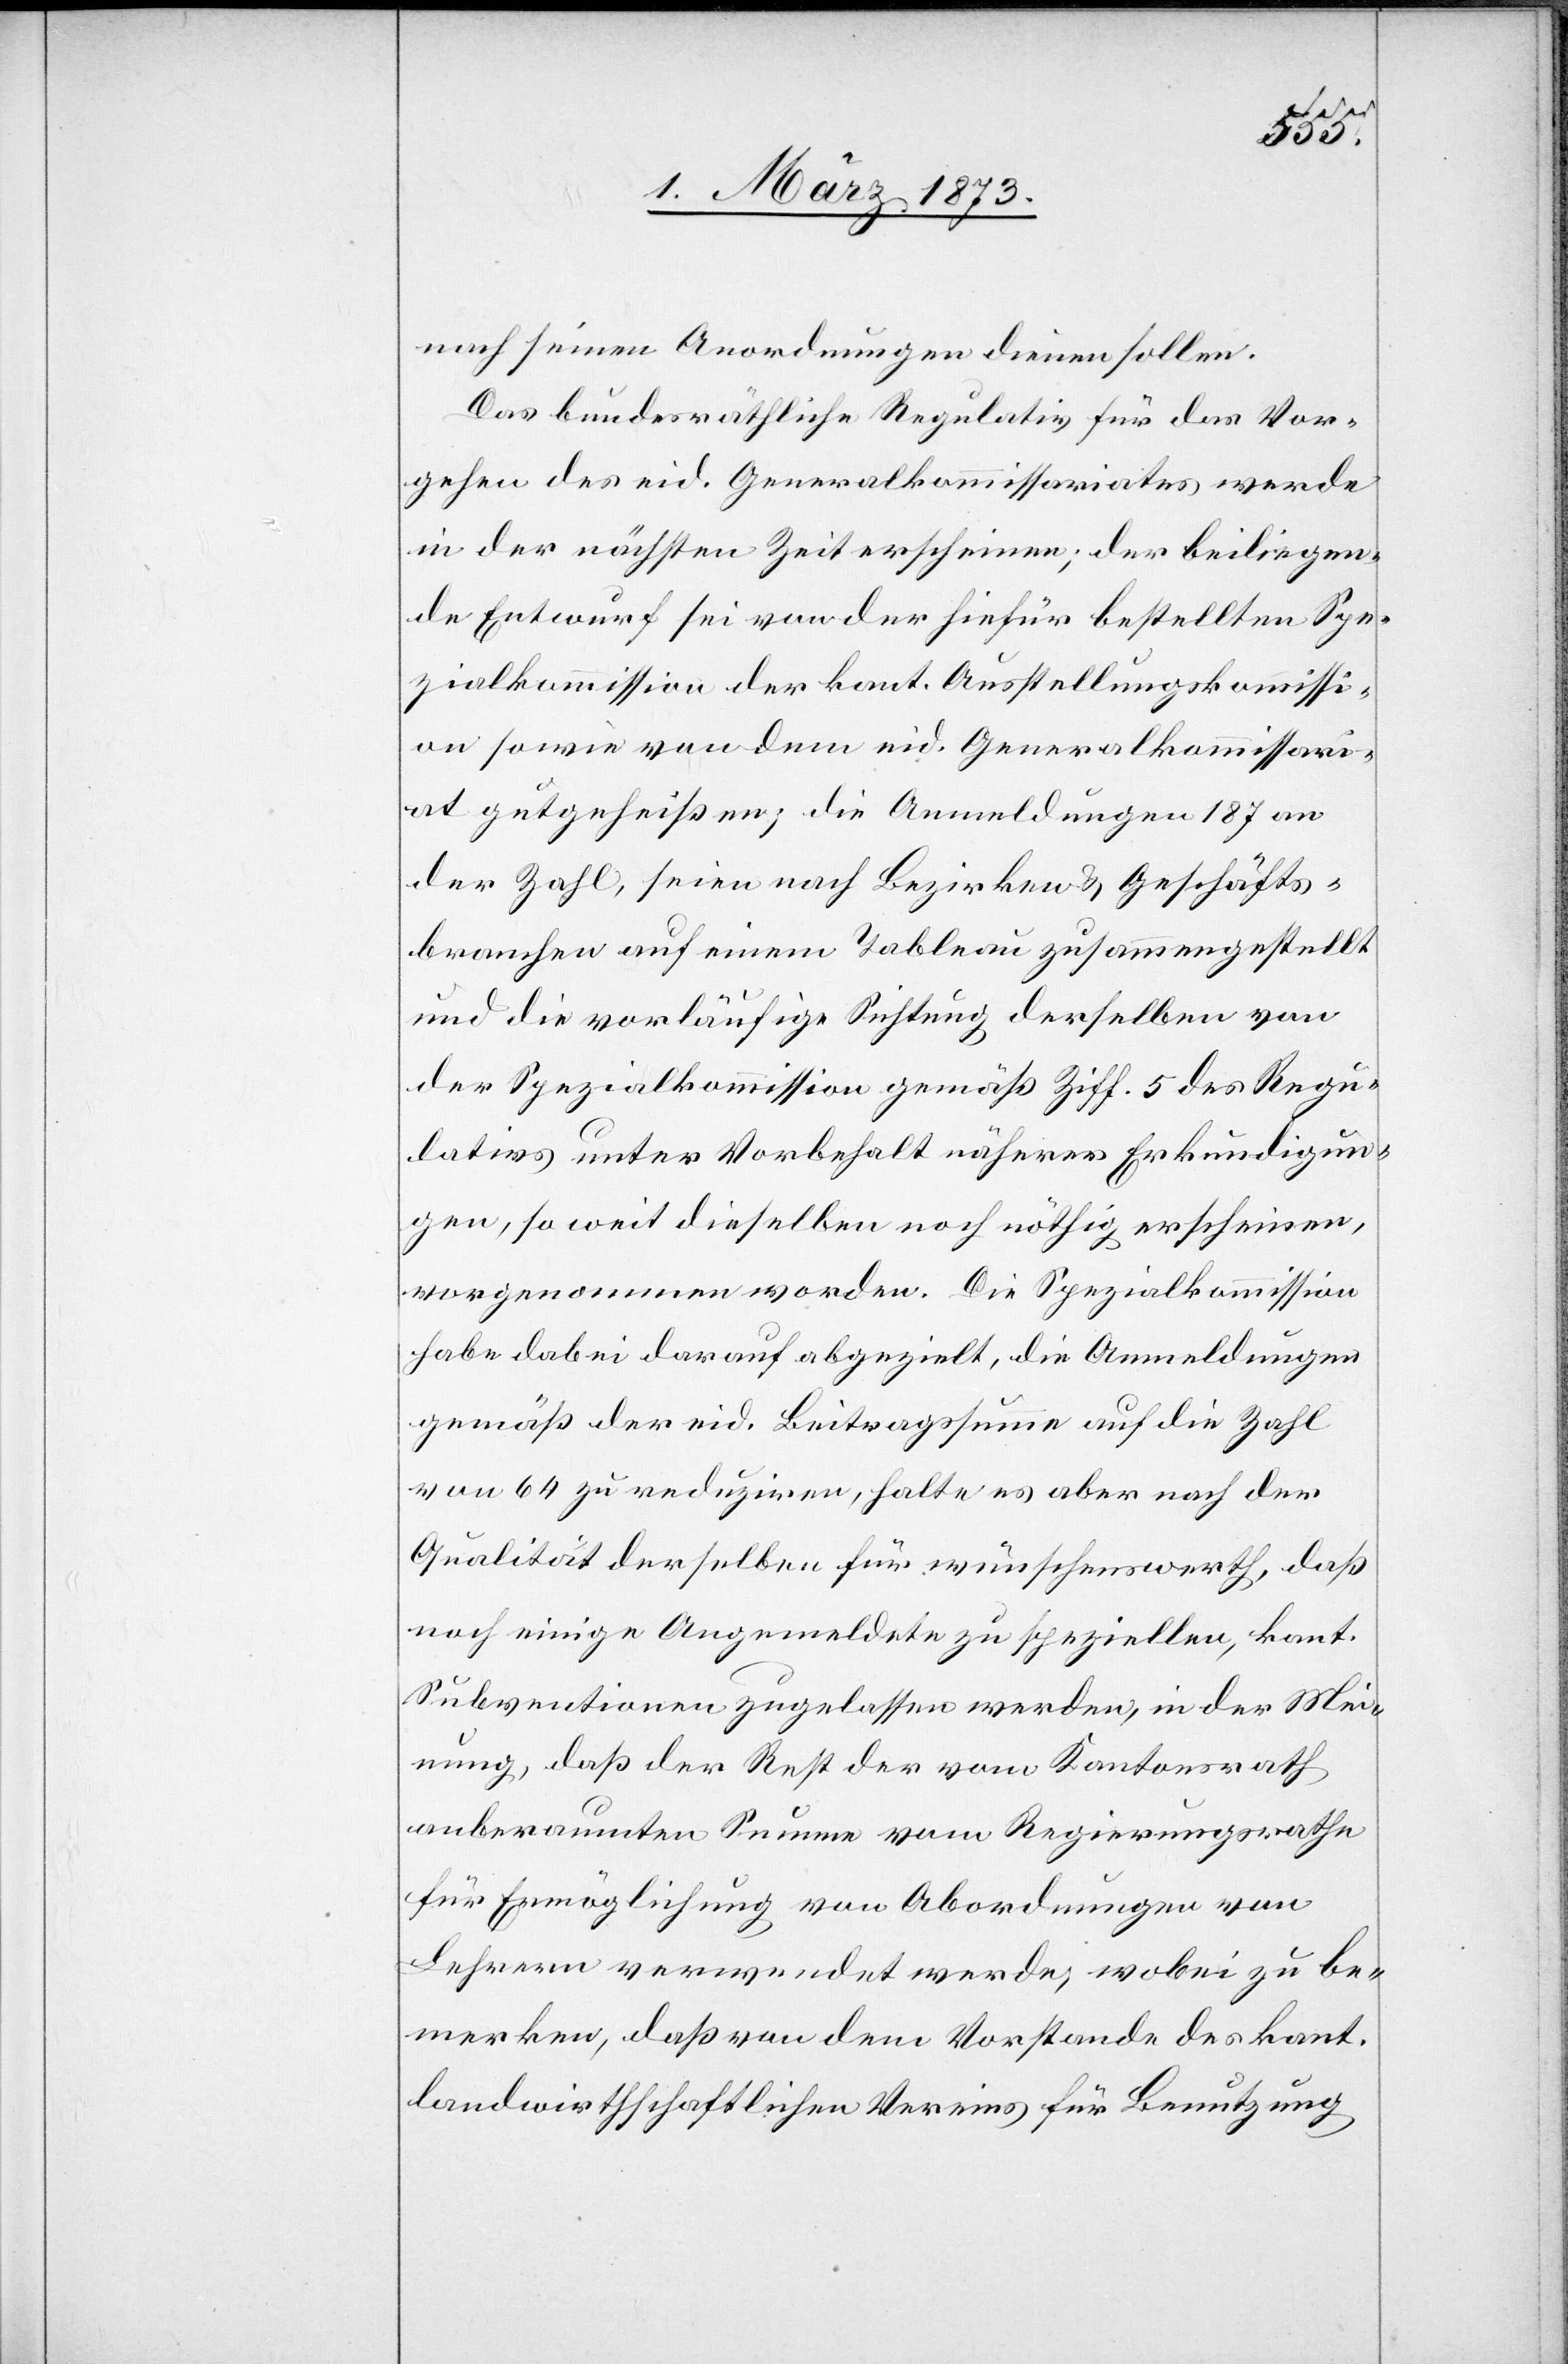
nach seinen Anordnungen dienen sollen.
Das bundesräthliche Regulativ für das Vor¬
gehen des eid. Generalkommissariates werde
in der nächsten Zeit erscheinen; der beiliegen¬
de Entwurf sei von der hiefür bestellten Spe¬
zialkommission der kant. Ausstellungskommissi¬
on sowie von dem eid. Generalkommissari¬
at gutgeheißen; die Anmeldungen[,] 187 an
der Zahl, seien nach Bezirken u. Geschäfts¬
branchen auf einem Tableau zusammengestellt
und die vorläufige Sichtung derselben von
der Spezialkommission gemäß Ziff. 5 des Regu¬
lativs unter Vorbehalt näherer Erkundigun¬
gen, so wie dieselben noch nöthig erscheinen,
vorgenommen worden. Die Spezialkommission
habe dabei darauf abgezielt, die Anmeldungen
gemäß der eid. Beitragssumme auf die Zahl
von 64 zu reduziren, halte es aber nach der
Qualität derselben für wünschenswerth, daß
noch einige Angemeldete zu speziellen, kant.
Subventionen zugelassen werden, in der Mei¬
nung, daß der Rest der vom Kantonsrath
anberaumten Summe vom Regierungsrathe
für Ermöglichung von Abordnungen von
Lehrern verwendet werde, wobei zu be¬
merken, daß von dem Vorstande des kant.
landwirthschaftlichen Vereins für Benutzung